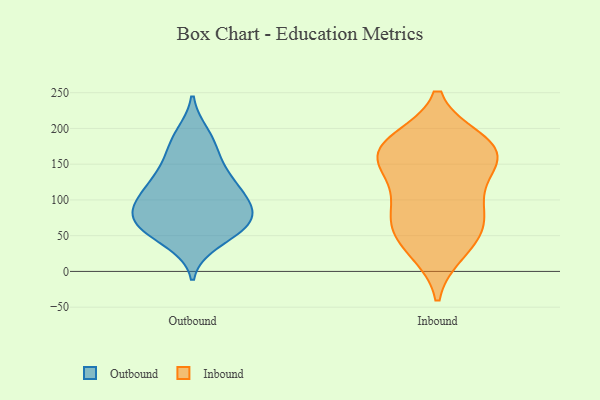
{"axis": {"x": "Gross Profit (USD K)", "y": "Value"}, "legend": ["Inbound", "Outbound"], "data": [{"x": "", "y": 111, "type": "Outbound"}, {"x": "", "y": 168, "type": "Outbound"}, {"x": "", "y": 138, "type": "Outbound"}, {"x": "", "y": 65, "type": "Outbound"}, {"x": "", "y": 62, "type": "Outbound"}, {"x": "", "y": 86, "type": "Outbound"}, {"x": "", "y": 107, "type": "Outbound"}, {"x": "", "y": 192, "type": "Outbound"}, {"x": "", "y": 110, "type": "Outbound"}, {"x": "", "y": 41, "type": "Outbound"}, {"x": "", "y": 77, "type": "Outbound"}, {"x": "", "y": 146, "type": "Outbound"}, {"x": "", "y": 97, "type": "Outbound"}, {"x": "", "y": 75, "type": "Outbound"}, {"x": "", "y": 185, "type": "Outbound"}, {"x": "", "y": 81, "type": "Outbound"}, {"x": "", "y": 52, "type": "Outbound"}, {"x": "", "y": 60, "type": "Outbound"}, {"x": "", "y": 128, "type": "Outbound"}, {"x": "", "y": 69, "type": "Inbound"}, {"x": "", "y": 182, "type": "Inbound"}, {"x": "", "y": 29, "type": "Inbound"}, {"x": "", "y": 67, "type": "Inbound"}, {"x": "", "y": 109, "type": "Inbound"}, {"x": "", "y": 100, "type": "Inbound"}, {"x": "", "y": 177, "type": "Inbound"}, {"x": "", "y": 176, "type": "Inbound"}, {"x": "", "y": 153, "type": "Inbound"}, {"x": "", "y": 66, "type": "Inbound"}, {"x": "", "y": 155, "type": "Inbound"}, {"x": "", "y": 171, "type": "Inbound"}, {"x": "", "y": 150, "type": "Inbound"}, {"x": "", "y": 35, "type": "Inbound"}]}